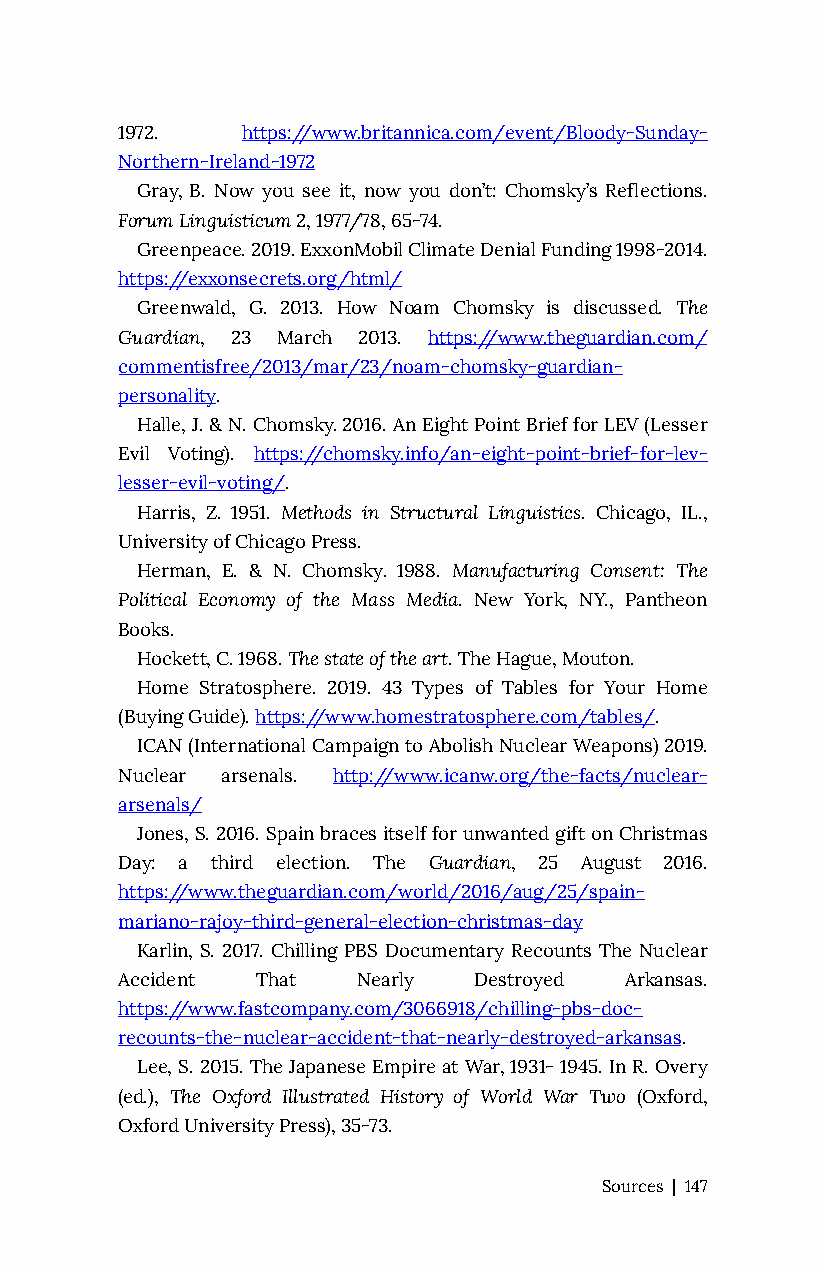
1972.   https://www.britannica.com/event/Bloody-Sunday-
 Northern-Ireland-1972
 Gray, B. Now you see it, now you don’t: Chomsky’s Reflections.
 Forum Linguisticum 2, 1977/78, 65-74.
 Greenpeace. 2019. ExxonMobil Climate Denial Funding 1998-2014.
 https://exxonsecrets.org/html/
 Greenwald, G. 2013. How Noam Chomsky is discussed. The
 Guardian, 23 March 2013. https://www.theguardian.com/
 commentisfree/2013/mar/23/noam-chomsky-guardian-
 personality.
 Halle, J. & N. Chomsky. 2016. An Eight Point Brief for LEV (Lesser
 Evil Voting). https://chomsky.info/an-eight-point-brief-for-lev-
 lesser-evil-voting/.
 Harris, Z. 1951. Methods in Structural Linguistics. Chicago, IL.,
 University of Chicago Press.
 Herman, E. & N. Chomsky. 1988. Manufacturing Consent: The
 Political Economy of the Mass Media. New York, NY., Pantheon
 Books.
 Hockett, C. 1968. The state of the art. The Hague, Mouton.
 Home Stratosphere. 2019. 43 Types of Tables for Your Home
 (Buying Guide). https://www.homestratosphere.com/tables/.
 ICAN (International Campaign to Abolish Nuclear Weapons) 2019.
 Nuclear arsenals. http://www.icanw.org/the-facts/nuclear-
 arsenals/
 Jones, S. 2016. Spain braces itself for unwanted gift on Christmas
 Day: a third election. The Guardian, 25 August 2016.
 https://www.theguardian.com/world/2016/aug/25/spain-
 mariano-rajoy-third-general-election-christmas-day
 Karlin, S. 2017. Chilling PBS Documentary Recounts The Nuclear
 Accident That   Nearly Destroyed Arkansas.
 https://www.fastcompany.com/3066918/chilling-pbs-doc-
 recounts-the-nuclear-accident-that-nearly-destroyed-arkansas.
 Lee, S. 2015. The Japanese Empire at War, 1931- 1945. In R. Overy
 (ed.), The Oxford Illustrated History of World War Two (Oxford,
 Oxford University Press), 35-73.
 Sources | 147